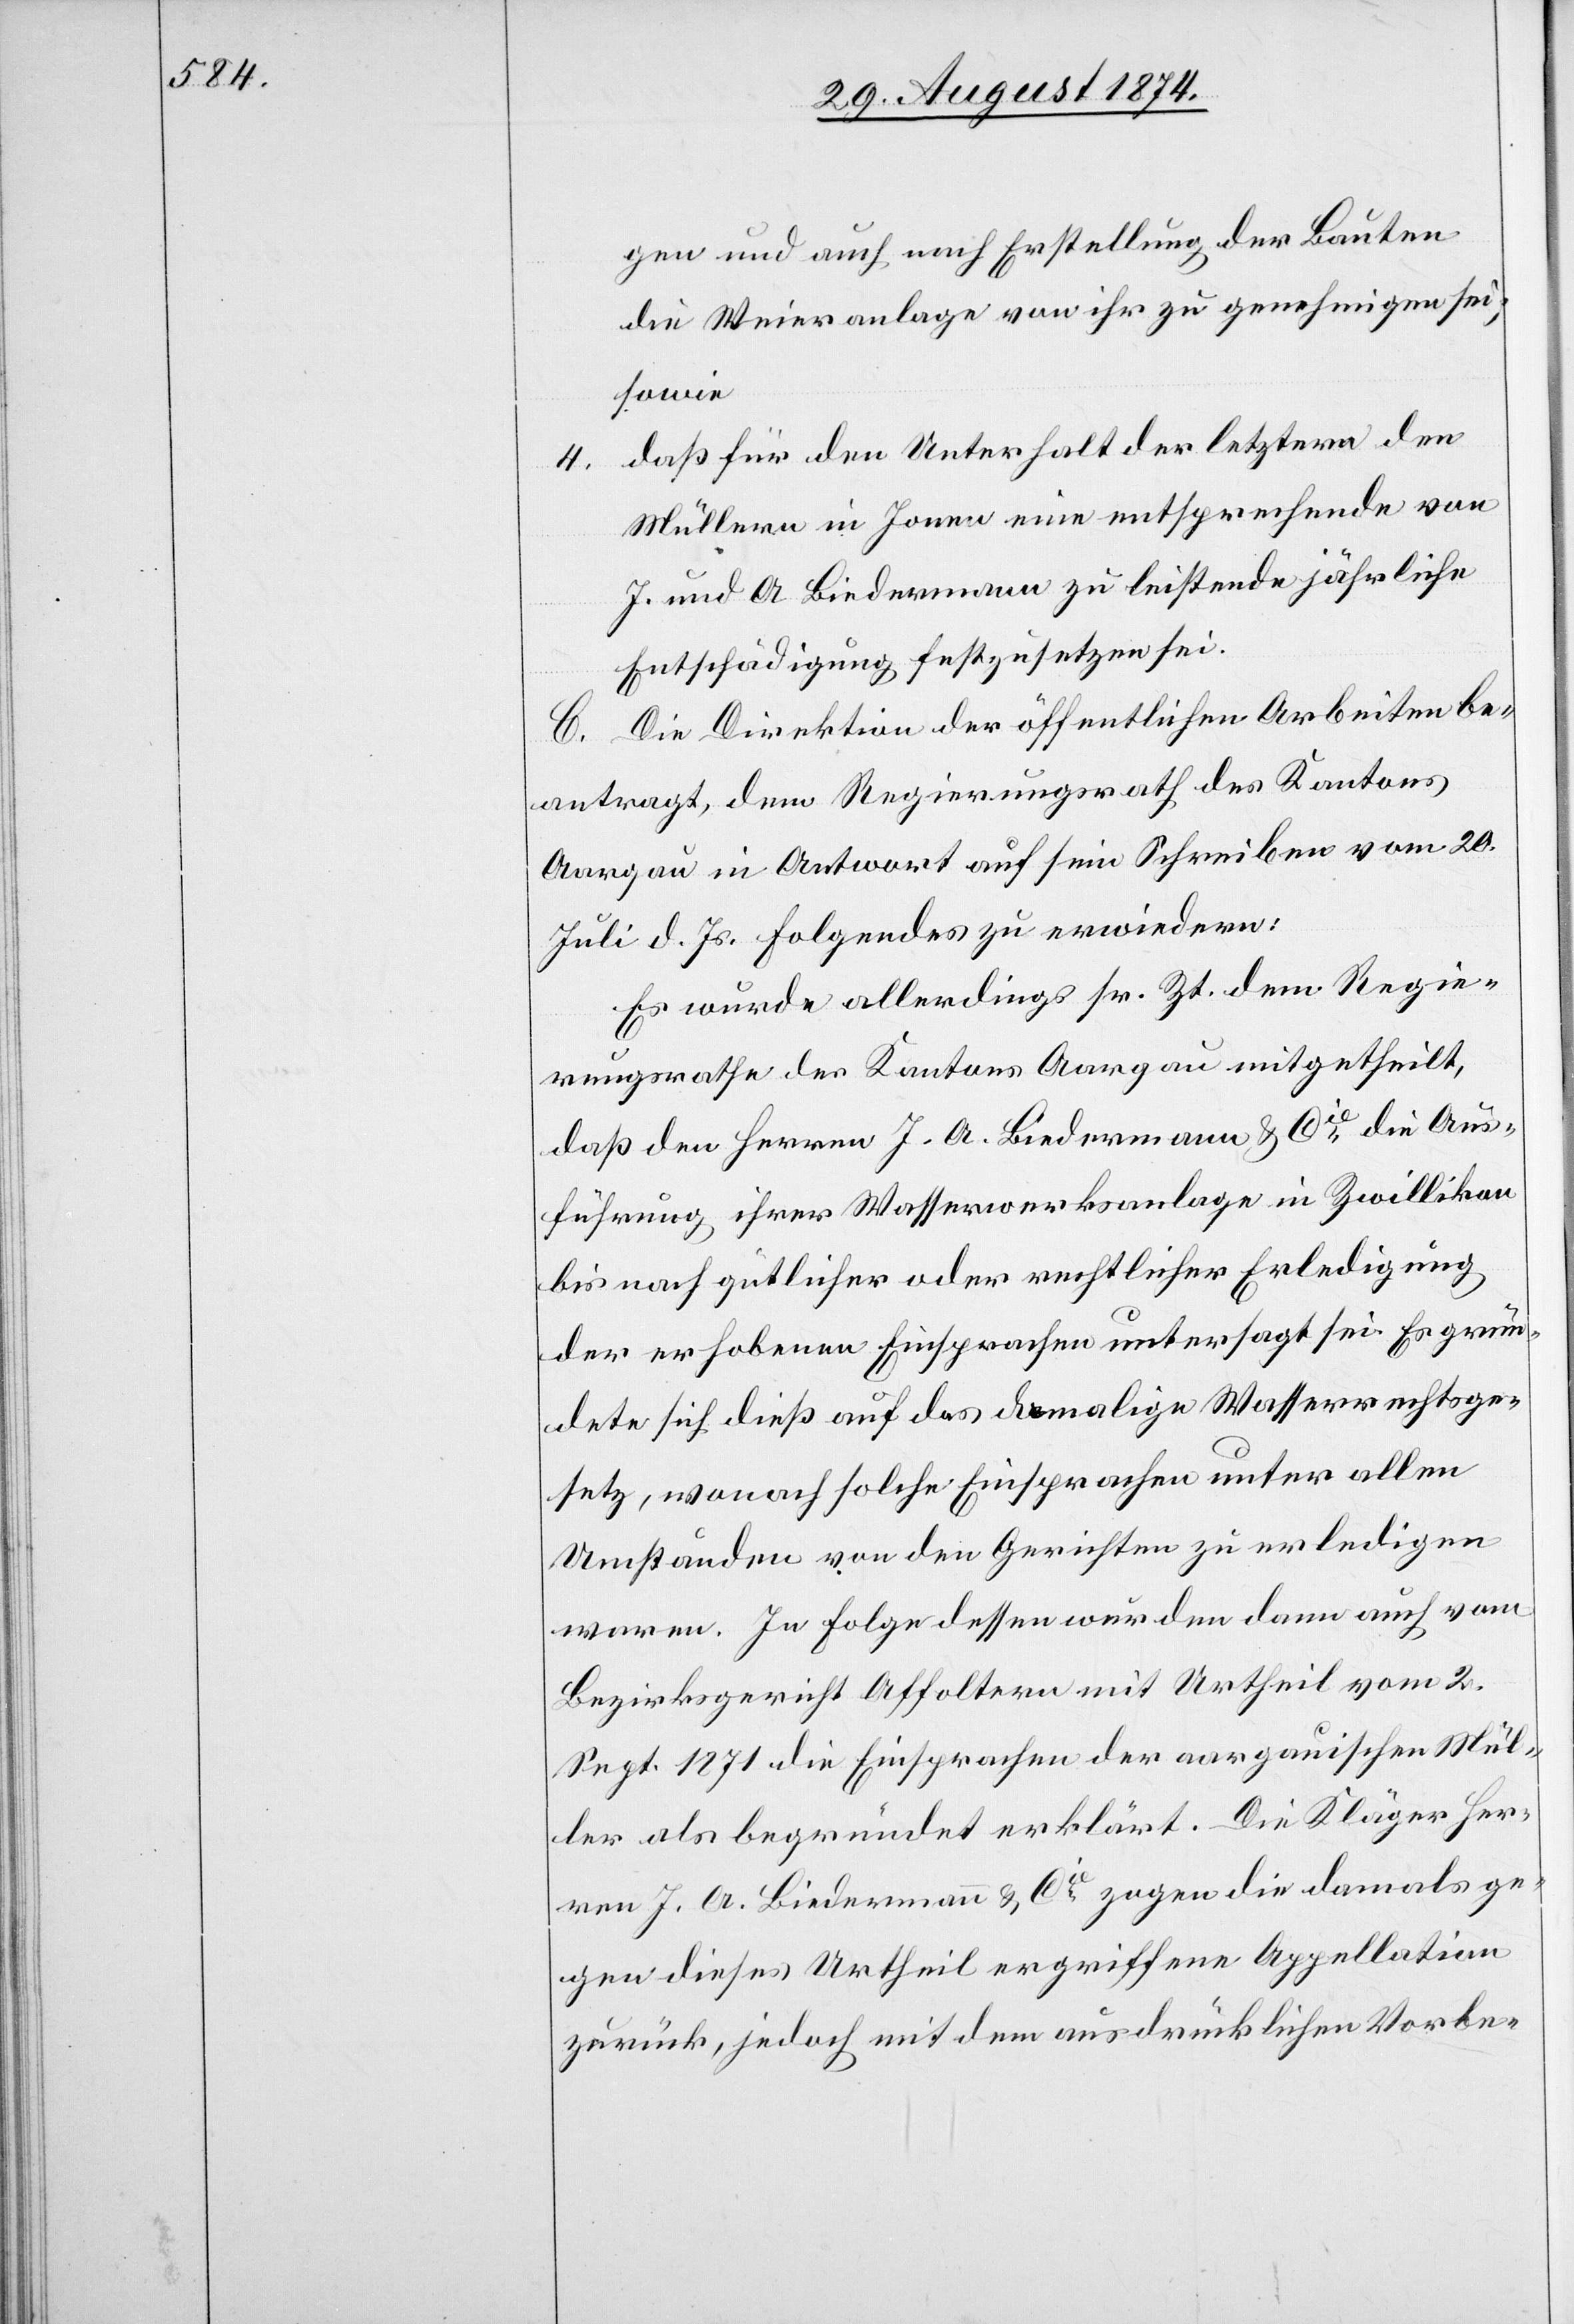
gen und auch nach Erstellung der Bauten
die Weieranlage von ihr zu genehmigen sei;
sowie
daß für den Unterhalt der letztern den
4.
Müllern in Jonen eine entsprechende von
J. und A. Biedermann zu leistende jährliche
Entschädigung festzusetzen sei.
C. Die Direktion der öffentlichen Arbeiten be¬
antragt, dem Regierungsrath des Kantons
Aargau in Antwort auf sein Schreiben vom 20.
Juli d. Js. Folgendes zu erwiedern:
Es wurde allerdings sr. Zt. dem Regie¬
rungsrathe des Kantons Aargau mitgetheilt,
daß den Herren J. A. Biedermann u. Cie die Aus¬
führung ihrer Wasserwerksanlage in Zwillikon
bis nach gütlicher oder rechtlicher Erledigung
der erhabenen Einsprachen untersagt sei. Es grün¬
dete sich dieß auf das damalige Wasserrechtsge¬
setz, wonach solche Einsprachen unter allen
Umständen von den Gerichten zu erledigen
waren. In Folge dessen wurden dann auch vom
Bezirksgericht Affoltern mit Urtheil vom 2.
Sept. 1871 die Einsprachen der aargauischen Mül¬
ler als begründet erklärt. Die Kläger Her¬
ren J. A. Biedermann u. Cie zogen die damals ge¬
gen dieses Urtheil ergriffene Appellation
zurück, jedoch mit dem ausdrücklichen Vorbe-